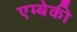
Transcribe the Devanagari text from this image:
एम्बेकी